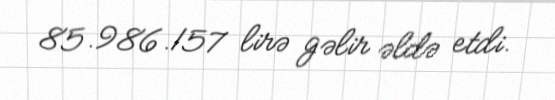
85.986.157 lirə gəlir əldə etdi.